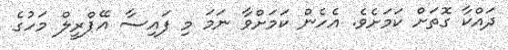
ދައްކާ ގޮތަށް ކަމަށެވެ. އެހެން ކަމަށްވާ ނަމަ މި ފައިސާ އޭޕްރީލް މަހުގެ